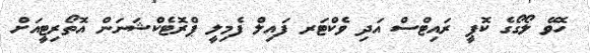
ހޮވޭ ލޯގޯގެ ކޮޕީ ރައިޓްސް އަދި ވެކްޓަރ ފައިލް ފެމިލީ ޕްރޮޓެކްޝަނަން އޮތޯރިޓީއަށް